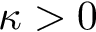
\kappa > 0